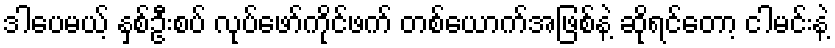
ဒါပေမယ့် နှစ်ဦးစပ် လုပ်ဖော်ကိုင်ဖက် တစ်ယောက်အဖြစ်နဲ့ ဆိုရင်တော့ ငါမင်းနဲ့